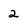
Character: 2